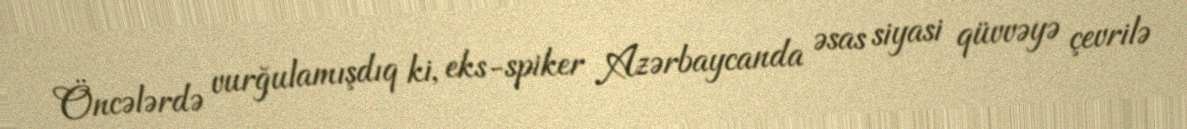
Öncələrdə vurğulamışdıq ki, eks-spiker Azərbaycanda əsas siyasi qüvvəyə çevrilə